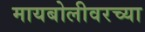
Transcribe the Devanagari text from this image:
मायबोलीवरच्या